Indian journal of veterinary science and animal husbandry - Volume 2,
Year: 1932
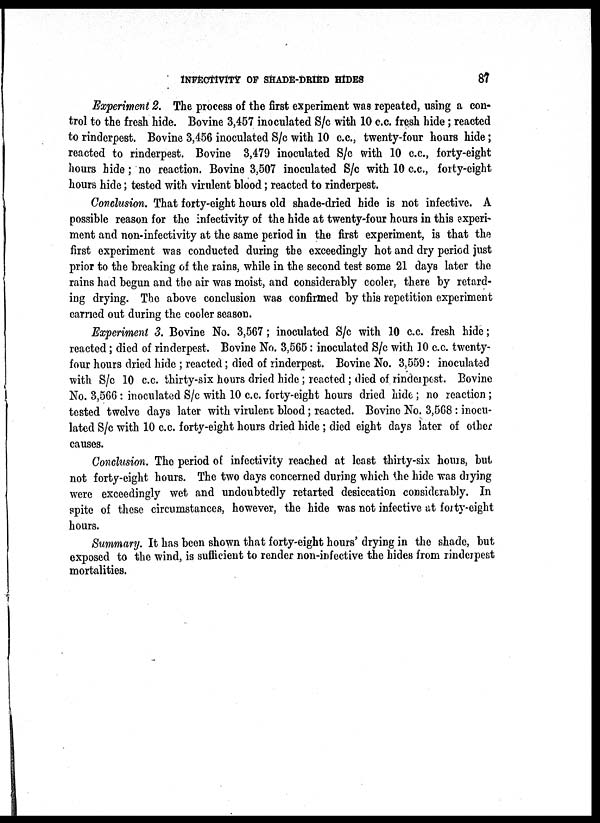
INFECTIVITY OF SHADE-DRIED HIDES
87
Experiment 2. The process of the first experiment was repeated, using a con-
trol to the fresh hide. Bovine 3,457 inoculated S/c with 10 c.c. fresh hide; reacted
to rinderpest. Bovine 3,456 inoculated S/c with 10 c.c., twenty-four hours hide;
reacted to rinderpest. Bovine 3,479 inoculated S/c with 10 c.c., forty-eight
hours hide; no reaction. Bovine 3,507 inoculated S/c with 10 c.c., forty-eight
hours hide; tested with virulent blood; reacted to rinderpest.
Conclusion. That forty-eight hours old shade-dried hide is not infective. A
possible reason for the infectivity of the hide at twenty-four hours in this experi-
ment and non-infectivity at the same period in the first experiment, is that the
first experiment was conducted during the exceedingly hot and dry period just
prior to the breaking of the rains, while in the second test some 21 days later the
rains had begun and the air was moist, and considerably cooler, there by retard-
ing drying. The above conclusion was confirmed by this repetition experiment
carried out during the cooler season.
Experiment 3. Bovine No. 3,567; inoculated S/c with 10 c.c. fresh hide;
reacted; died of rinderpest. Bovine No. 3,565: inoculated S/c with 10 c.c. twenty-
four hours dried hide ; reacted; died of rinderpest. Bovine No. 3,559: inoculated
with S/c 10 c.c. thirty-six hours dried hide; reacted; died of rinderpest. Bovine
No. 3,566 : inoculated S/c with 10 c.c. forty-eight hours dried hide ; no reaction ;
tested twelve days later with virulent blood ; reacted. Bovine No. 3,568 : inocu-
lated S/c with 10 c.c. forty-eight hours dried hide ; died eight days later of other
causes.
Conclusion. The period of infectivity reached at least thirty-six hours, but
not forty-eight hours. The two days concerned during which the hide was drying
were exceedingly wet and undoubtedly retarted desiccation considerably. In
spite of these circumstances, however, the hide was not infective at forty-eight
hours.
Summary. It has been shown that forty-eight hours' drying in the shade, but
exposed to the wind, is sufficient to render non-infective the hides from rinderpest
mortalities.